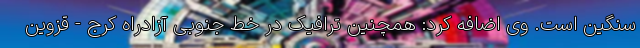
سنگین است. وی اضافه کرد: همچنین ترافیک در خط جنوبی آزادراه کرج - قزوین